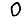
Digit: 0